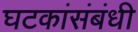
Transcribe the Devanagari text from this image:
घटकांसंबंधी